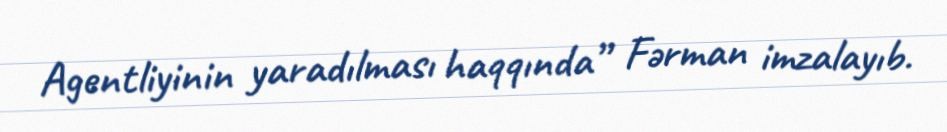
Agentliyinin yaradılması haqqında” Fərman imzalayıb.